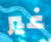
غير